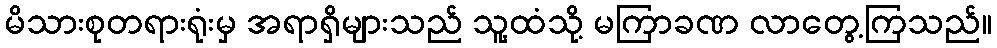
မိသားစုတရားရုံးမှ အရာရှိများသည် သူ့ထံသို့ မကြာခဏ လာတွေ့ကြသည်။